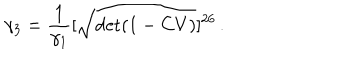
LaTeX: \gamma _ { 3 } = \frac { 1 } { \gamma _ { 1 } } [ \sqrt { \det ( 1 - C V ) } ] ^ { 2 6 } \, .